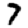
Digit: 7